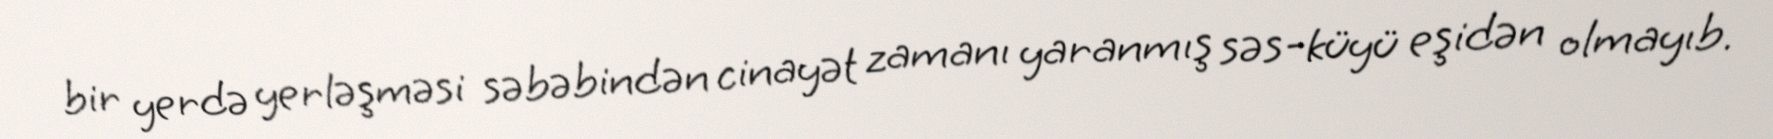
bir yerdə yerləşməsi səbəbindən cinayət zamanı yaranmış səs-küyü eşidən olmayıb.